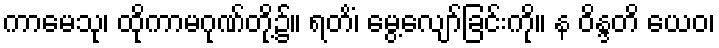
ကာမေသု၊ ထိုကာမဂုဏ်တို့၌။ ရတိံ၊ မွေ့လျော်ခြင်းကို။ န ဝိန္ဒတိ ယေဝ၊